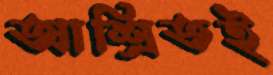
আশ্রিতই